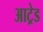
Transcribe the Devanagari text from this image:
आट्रेड